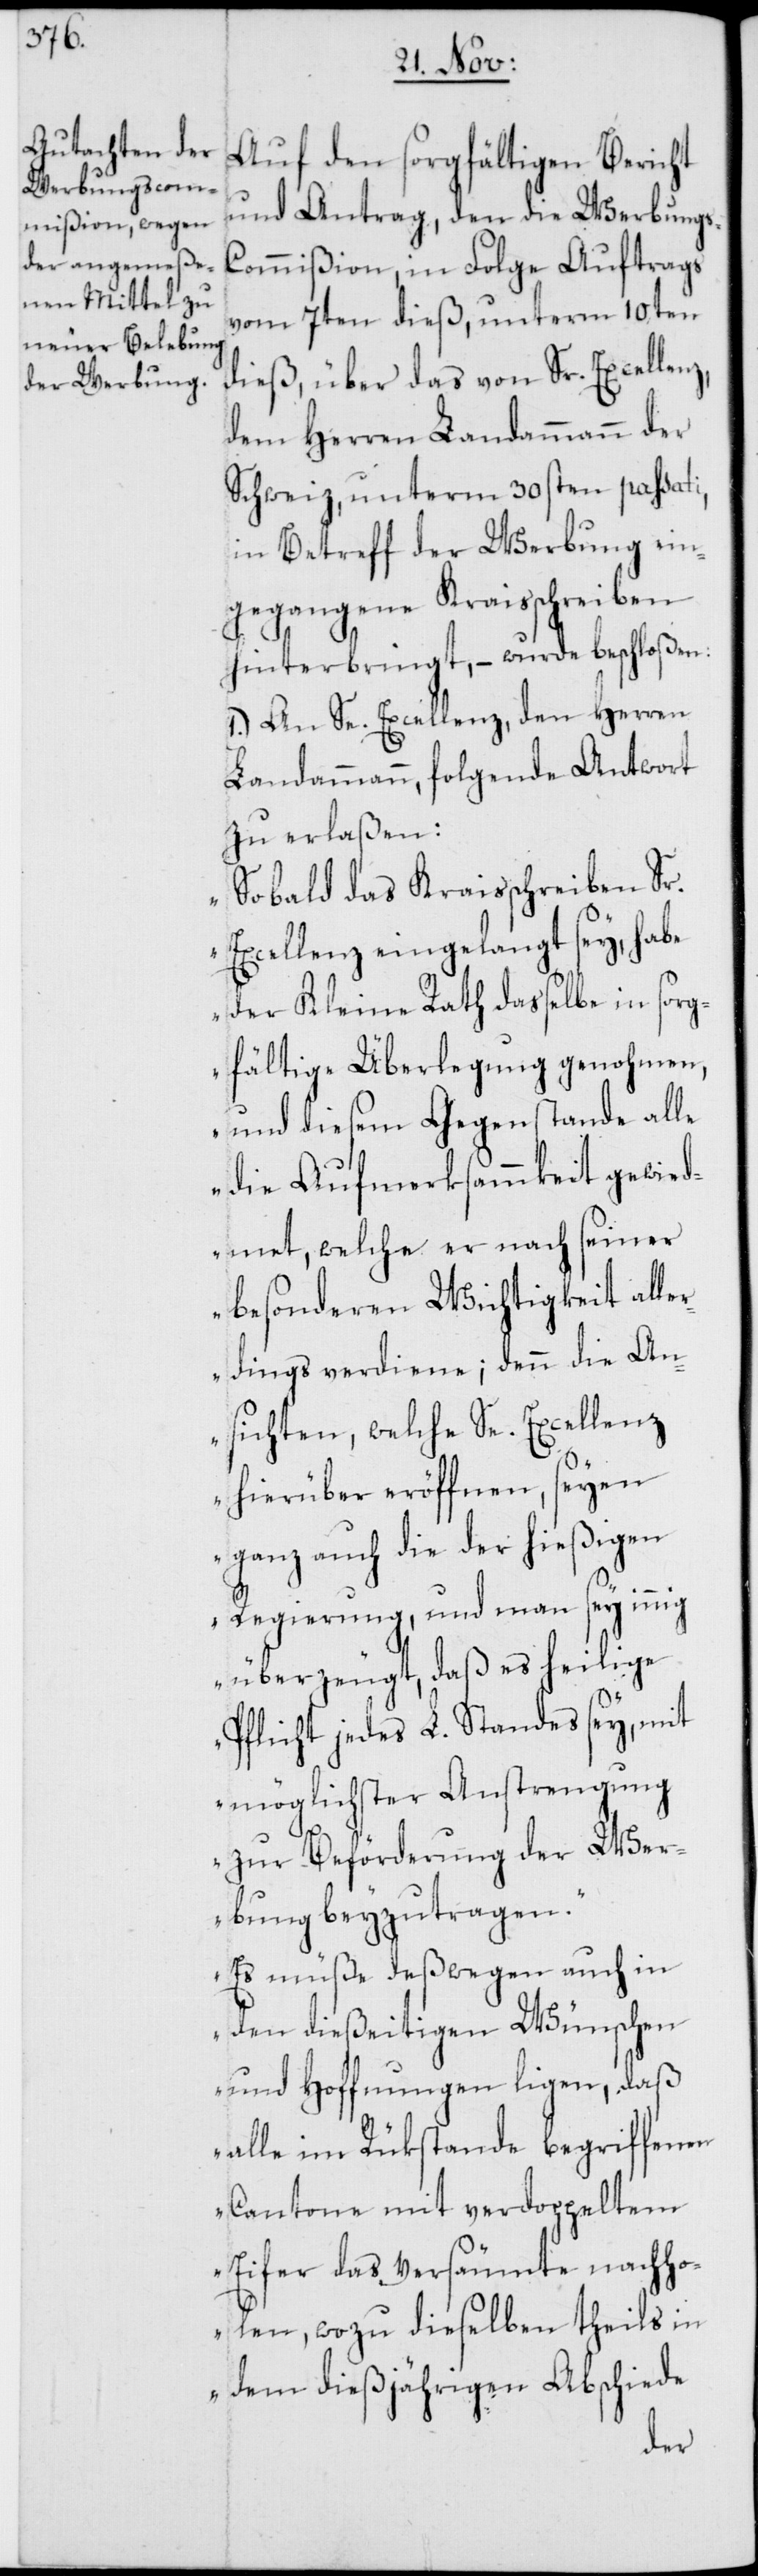
Auf den sorgfältigen Bericht
und Antrag, den die Werbung¬
s-Commißion in Folge Auftrags
vom 7ten dieß, unterm 10ten
dieß, über das von Sr. Excellenz,
dem Herren Landammann der
Schweiz, unterm 30sten passati,
in Betreff der Werbung ein¬
gegangene Kraisschreiben
hinterbringt, – wurde beschloßen:
1.) An Se. Excellenz, den Herren
Landammann, folgende Antwort
zu erlaßen:
„Sobald das Kraisschreiben Sr.
Excellenz, eingelangt sey, habe
der Kleine Rath dasselbe in sorg¬
fältige Überlegung genohmen,
und diesem Gegenstande alle
die Aufmerksammkeit gewied¬
met, welche er nach seiner
besonderen Wichtigkeit alle¬
rdings verdiene; denn die An¬
sichten, welche Se. Excellenz
hierüber eröffnen, seyen
ganz auch die der hießigen
Regierung, und man sey innig
überzeugt, daß es heilige
Pflicht jedes L. Standes sey, mit
möglichster Anstrengung
zur Beförderung der Wer¬
bung beyzutragen.
Es müße deßwegen auch in
den dießeitigen Wünschen
und Hoffnungen ligen, daß
alle im Rükstande begriffenen
Cantone mit verdoppeltem
Eifer das Versäumte nachho¬
len, wozu dieselben theils in
dem dießjährigen Abschiede